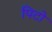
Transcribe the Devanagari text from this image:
पिटो